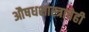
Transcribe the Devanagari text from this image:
औषधशास्त्राचेही